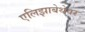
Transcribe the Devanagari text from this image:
एलिझाबेथेवर